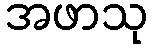
အဖာသု